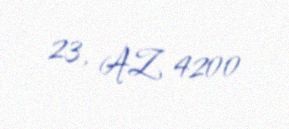
23, AZ 4200